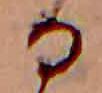
る